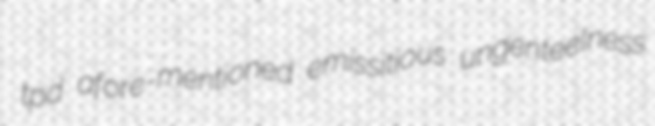
tpd afore-mentioned emissitious ungenteelness